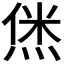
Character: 𬊞